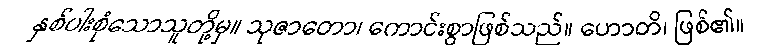
နှစ်ပါးစုံသောသူတို့မှ။ သုဇာတော၊ ကောင်းစွာဖြစ်သည်။ ဟောတိ၊ ဖြစ်၏။